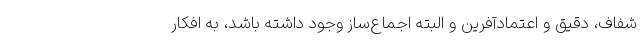
شفاف، دقیق و اعتمادآفرین و البته اجماع‌ساز وجود داشته باشد، به افکار